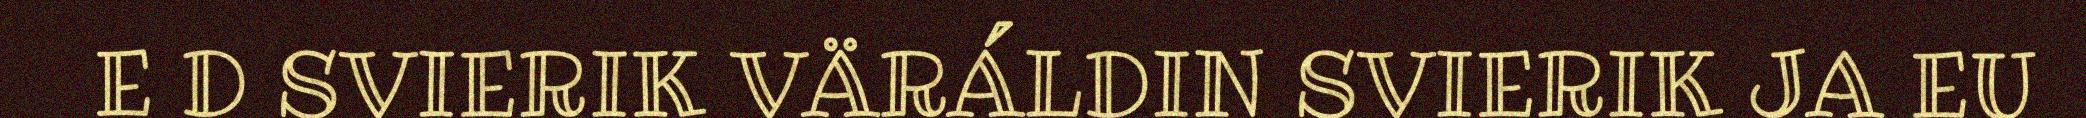
E D SVIERIK VÄRÁLDIN SVIERIK JA EU